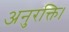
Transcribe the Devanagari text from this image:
अनुरक्ति।